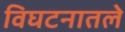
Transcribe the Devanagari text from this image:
विघटनातले